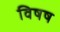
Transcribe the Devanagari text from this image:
विषष